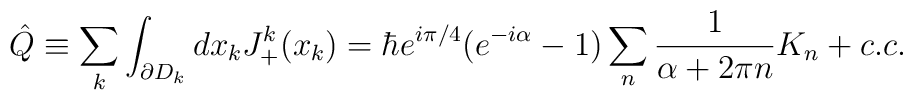
\hat Q \equiv\sum_k \int_{\partial D_k} dx_k J_+^k(x_k) = \hbar e^{i \pi/4}(e^{-i \alpha}-1) \sum_n \frac {1}{\alpha + 2 \pi n} K_n + c.c.